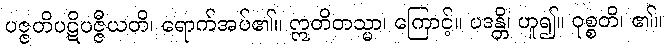
ပဇ္ဇတိပဋိပဇ္ဇီယတိ၊ ရောက်အပ်၏။ ဣတိတသ္မာ၊ ကြောင့်။ ပဒန္တိ၊ ဟူ၍။ ဝုစ္စတိ၊ ၏။